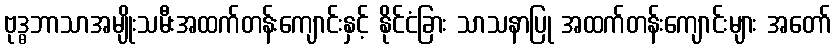
ဗုဒ္ဓဘာသာအမျိုးသမီးအထက်တန်းကျောင်းနှင့် နိုင်ငံခြား သာသနာပြု အထက်တန်းကျောင်းများ အတော်